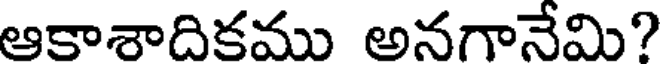
ఆకాశాదికము అనగానేమి?